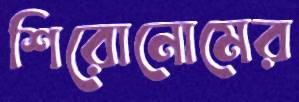
শিরোনোমের